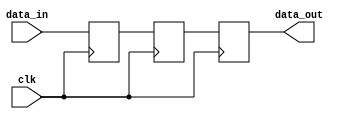
module shift_register_vector
  #(
    parameter WIDTH = 8,
    parameter DEPTH = 3
    )
  (
   input wire              clk,
   input wire [WIDTH-1:0]  data_in,
   output wire [WIDTH-1:0] data_out
   );

  generate
    genvar i;
    for (i = 0; i < DEPTH; i = i + 1)
      begin: delay_gen
        reg [WIDTH-1:0] temp_reg;
        always @(posedge clk)
          begin
            if (i == DEPTH-1)
              begin
                delay_gen[i].temp_reg <= data_in;
              end
            else
              begin
                delay_gen[i].temp_reg <= delay_gen[i+1].temp_reg;
              end
          end
      end
    assign data_out = delay_gen[0].temp_reg;
  endgenerate

endmodule